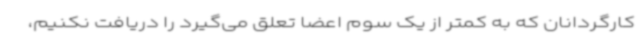
کارگردانان که به کمتر از یک سوم اعضا تعلق می‌گیرد را دریافت نکنیم،